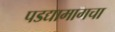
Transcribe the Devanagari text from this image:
पडद्यामागचा